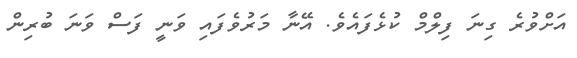
އަށްވުރެ ގިނަ ފިލްމް ކުޅެފައެވެ. އޭނާ މަރުވެފައި ވަނީ ފަސް ވަނަ ބުރިން